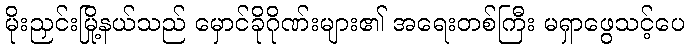
မိုးညှင်းမြို့နယ်သည် မှောင်ခိုဂိုဏ်းများ၏ အရေးတစ်ကြီး မရှာဖွေသင့်ပေ